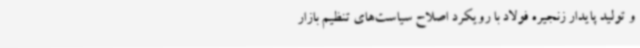
و تولید پایدار زنجیره فولاد با رویکرد اصلاح سیاست‌های تنظیم بازار